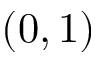
( 0 , 1 )